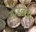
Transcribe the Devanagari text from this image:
बौडेलेर।